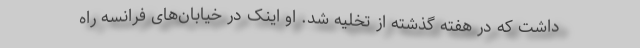
داشت که در هفته گذشته از تخلیه شد. او اینک در خیابان‌های فرانسه راه